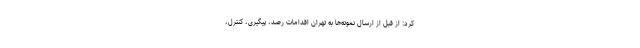
کرد: از قبل از ارسال نمونه‌ها به تهران اقدامات رصد، پیگیری، کنترل،